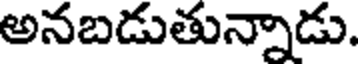
అనబడుతున్నాడు.